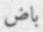
باض